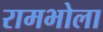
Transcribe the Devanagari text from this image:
रामभोला